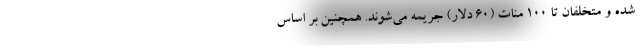
شده و متخلفان تا ۱۰۰ منات (۶۰ دلار) جریمه می‌شوند. همچنین بر اساس